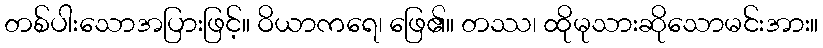
တစ်ပါးသောအပြားဖြင့်။ ဝိယာကရေ၊ ဖြေ၏။ တဿ၊ ထိုမုသားဆိုသောမင်းအား။